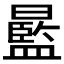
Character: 𣋣